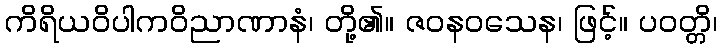
ကိရိယဝိပါကဝိညာဏာနံ၊ တို့၏။ ဇဝနဝသေန၊ ဖြင့်။ ပဝတ္တိ၊